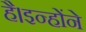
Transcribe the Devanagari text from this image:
है।इन्होंने